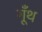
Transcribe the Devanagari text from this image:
गूॅंथ